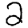
Digit: 2